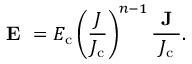
\textbf { E } = E _ { \mathrm { c } } \left( \frac { J } { J _ { \mathrm { c } } } \right) ^ { n - 1 } \frac { \textbf { J } } { J _ { \mathrm { c } } } .